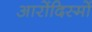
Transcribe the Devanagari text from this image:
आरोंदिस्मों